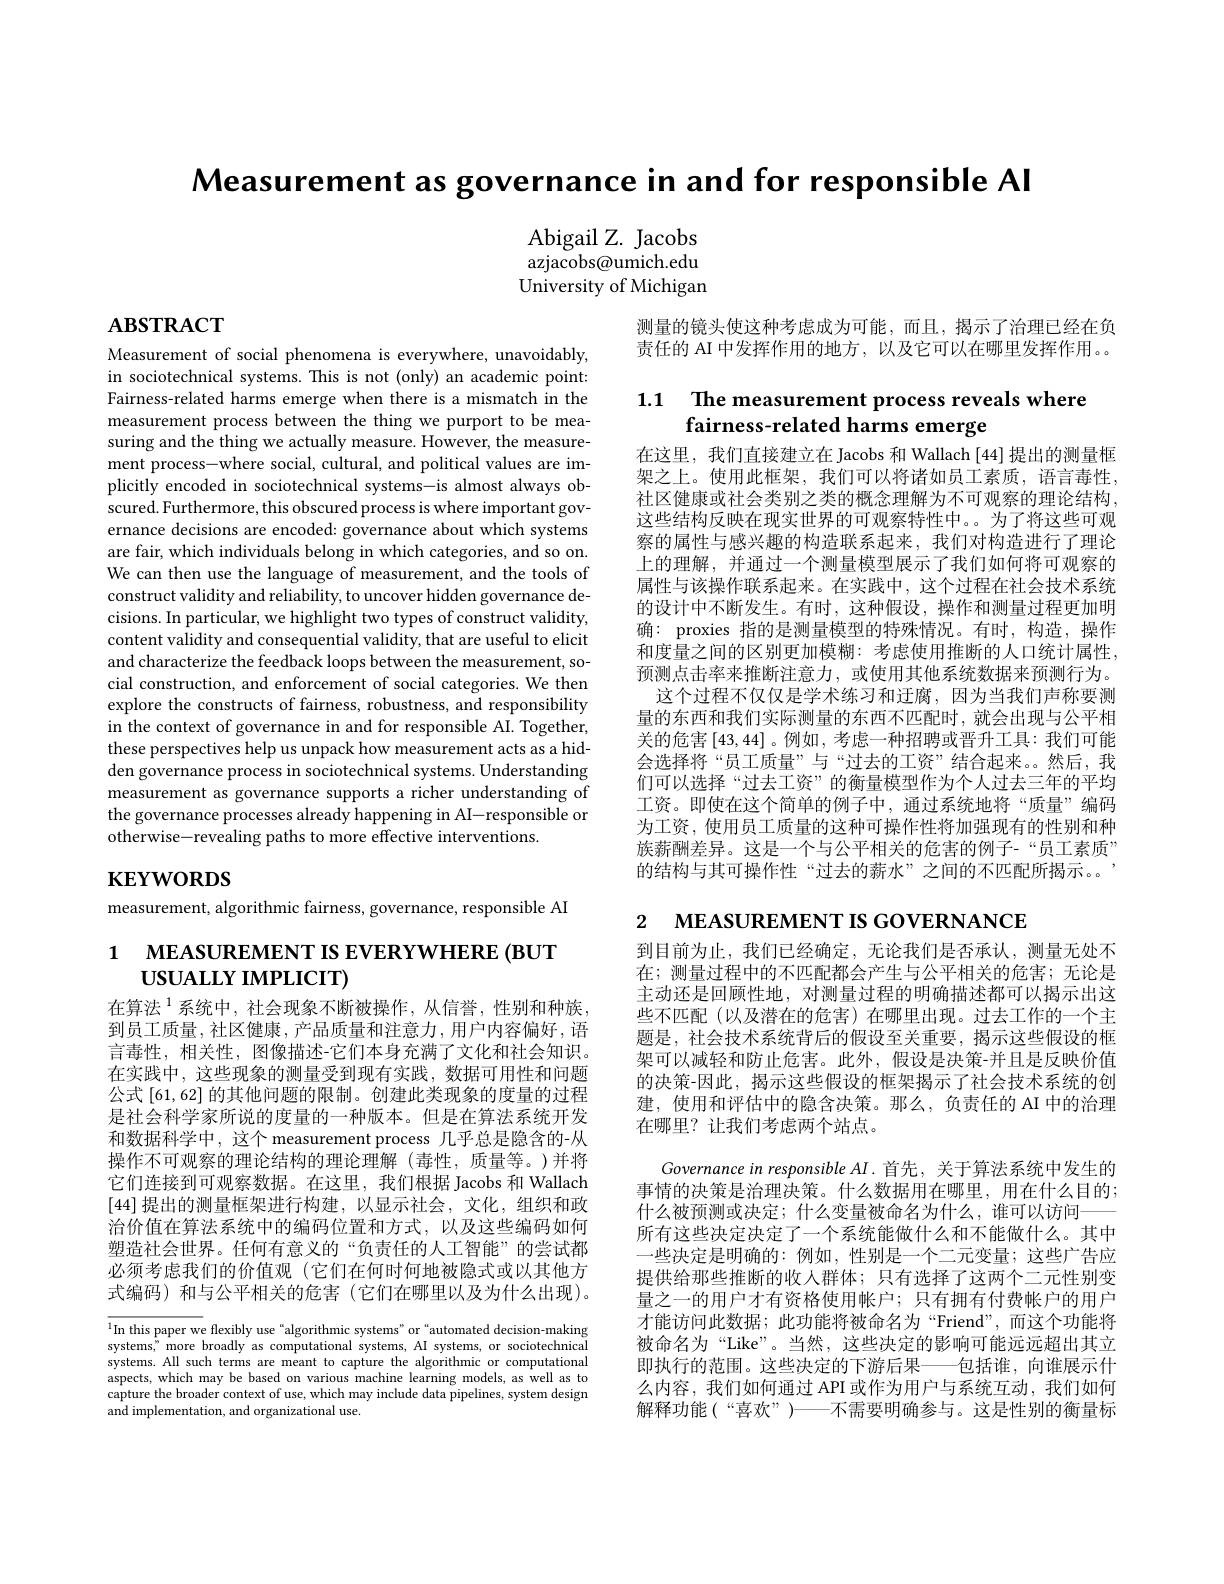
Measurement as governance in and for responsible Al

Abigail Z. Jacobs azjacobs@umich.edu University of Michigan

# $\mathbf{ABSTRACT}$

测量的镜头使这种考虑成为可能，而且，揭示了治理已经在负责任的 AI 中发挥作用的地方，以及它可以在哪里发挥作用。。

## 1.1 The measurement process reveals where fairness-related harms emerge

Measurement of social phenomena is everywhere, unavoidably, in sociotechnical systems. This is not (only) an academic point: Fairness-related harms emerge when there is a mismatch in the measurement process between the thing we purport to be measuring and the thing we actually measure. However, the measurement process-where social, cultural, and political values are implicitly encoded in sociotechnical systems-is almost always obscured. Furthermore, this obscured process is where important governance decisions are encoded: governance about which systems are fair, which individuals belong in which categories, and so on. We can then use the language of measurement, and the tools of construct validity and reliability, to uncover hidden governance decisions. In particular, we highlight two types of construct validity, content validity and consequential validity, that are useful to elicit and characterize the feedback loops between the measurement, social construction, and enforcement of social categories. We then explore the constructs of fairness, robustness, and responsibility in the context of governance in and for responsible AI. Together, these perspectives help us unpack how measurement acts as a hidden governance process in sociotechnical systems. Understanding measurement as governance supports a richer understanding of the governance processes already happening in AI-responsible or otherwise-revealing paths to more effective interventions.

在这里，我们直接建立在 Jacobs 和 Wallach [44]提出的测量框架之上。使用此框架，我们可以将诸如员工素质，语言毒性， 社区健康或社会类别之类的概念理解为不可观察的理论结构， 这些结构反映在现实世界的可观察特性中。。为了将这些可观察的属性与感兴趣的构造联系起来，我们对构造进行了理论上的理解，并通过一个测量模型展示了我们如何将可观察的属性与该操作联系起来。在实践中，这个过程在社会技术系统的设计中不断发生。有时，这种假设，操作和测量过程更加明确：proxies 指的是测量模型的特殊情况。有时，构造，操作和度量之间的区别更加模糊：考虑使用推断的人口统计属性， 预测点击率来推断注意力，或使用其他系统数据来预测行为。这个过程不仅仅是学术练习和迂腐，因为当我们声称要测量的东西和我们实际测量的东西不匹配时，就会出现与公平相关的危害[43,44]。例如，考虑一种招聘或晋升工具：我们可能会选择将“员工质量”与“过去的工资”结合起来。然后，我们可以选择“过去工资”的衡量模型作为个人过去三年的平均工资。即使在这个简单的例子中，通过系统地将“质量”编码为工资，使用员工质量的这种可操作性将加强现有的性别和种族薪酬差异。这是一个与公平相关的危害的例子-“员工素质” 的结构与其可操作性“过去的薪水”之间的不匹配所揭示。。

# $\mathbf{KEYWORDS}$

measurement, algorithmic fairness, governance, responsible AI

2 MEASUREMENT IS GOVERNANCE

1 мЕАSUREMENT IS EVERYWHERE(BUT
$\textbf{USUALLY IMPLICIT})$

在算法$^1$系统中，社会现象不断被操作，从信誉，性别和种族， 到员工质量，社区健康，产品质量和注意力，用户内容偏好，语言毒性，相关性，图像描述-它们本身充满了文化和社会知识。在实践中，这些现象的测量受到现有实践，数据可用性和问题公式 [61,62] 的其他问题的限制。创建此类现象的度量的过程是社会科学家所说的度量的一种版本。但是在算法系统开发和数据科学中，这个 measurement process 几乎总是隐含的-从操作不可观察的理论结构的理论理解(毒性，质量等。)并将它们连接到可观察数据。在这里，我们根据 Jacobs 和 Wallach [44]提出的测量框架进行构建，以显示社会，文化，组织和政治价值在算法系统中的编码位置和方式，以及这些编码如何塑造社会世界。任何有意义的“负责任的人工智能”的尝试都必须考虑我们的价值观(它们在何时何地被隐式或以其他方式编码)和与公平相关的危害(它们在哪里以及为什么出现)。

到目前为止，我们已经确定，无论我们是否承认，测量无处不在；测量过程中的不匹配都会产生与公平相关的危害；无论是主动还是回顾性地，对测量过程的明确描述都可以揭示出这些不匹配(以及潜在的危害)在哪里出现。过去工作的一个主题是，社会技术系统背后的假设至关重要，揭示这些假设的框架可以减轻和防止危害。此外，假设是决策-并且是反映价值的决策-因此，揭示这些假设的框架揭示了社会技术系统的创建，使用和评估中的隐含决策。那么，负责任的 AI 中的治理在哪里？让我们考虑两个站点。
Governance in responsible AI. 首先，关于算法系统中发生的事情的决策是治理决策。什么数据用在哪里，用在什么目的； 什么被预测或决定；什么变量被命名为什么，谁可以访问—— 所有这些决定决定了一个系统能做什么和不能做什么。其中一些决定是明确的：例如，性别是一个二元变量；这些广告应提供给那些推断的收入群体；只有选择了这两个二元性别变量之一的用户才有资格使用帐户；只有拥有付费帐户的用户才能访问此数据；此功能将被命名为“Friend”,而这个功能将被命名为“Like”。当然，这些决定的影响可能远远超出其立即执行的范围。这些决定的下游后果——包括谁，向谁展示什么内容，我们如何通过 API 或作为用户与系统互动，我们如何解释功能(“喜欢”)——不需要明确参与。这是性别的衡量标

$^{1}$In this paper we flexibly use“algorithmic systems”or“automated decision-making systems," more broadly as computational systems, AI systems, or sociotechnical systems. All such terms are meant to capture the algorithmic or computational aspects, which may be based on various machine learning models, as well as to capture the broader context of use, which may include data pipelines, system design and implementation, and organizational use.